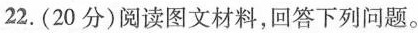
22.(20分)阅读图文材料，回答下列问题。